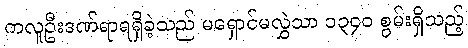
ကလူဦးဒဏ်ရာရရှိခဲ့သည် မရှောင်မလွှဲသာ ၁၃၄၀ စွမ်းရှိသည့်